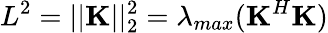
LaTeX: L^{2}=||\textbf{K}||_{2}^{2}=\lambda_{max}(\mathbf{K}^{H}\mathbf{K})